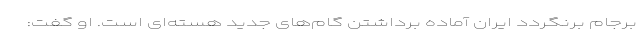
برجام برنگردد ایران آماده برداشتن گام‌های جدید هسته‌ای است. او گفت: